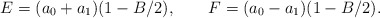
\begin{align*}E=(a_0+a_1)(1-B/2), \qquad F=(a_0-a_1)(1-B/2).\end{align*}